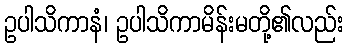
ဥပါသိကာနံ၊ ဥပါသိကာမိန်းမတို့၏လည်း